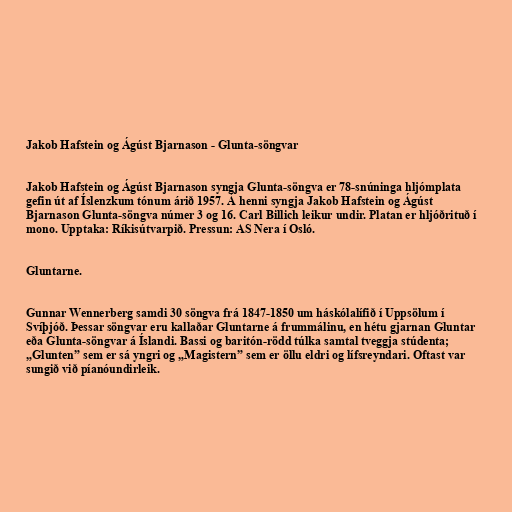
Jakob Hafstein og Ágúst Bjarnason - Glunta-söngvar

Jakob Hafstein og Ágúst Bjarnason syngja Glunta-söngva er 78-snúninga hljómplata
gefin út af Íslenzkum tónum árið 1957. Á henni syngja Jakob Hafstein og Ágúst
Bjarnason Glunta-söngva númer 3 og 16. Carl Billich leikur undir. Platan er hljóðrituð í
mono. Upptaka: Ríkisútvarpið. Pressun: AS Nera í Osló.

Gluntarne.

Gunnar Wennerberg samdi 30 söngva frá 1847-1850 um háskólalífið í Uppsölum í
Svíþjóð. Þessar söngvar eru kallaðar Gluntarne á frummálinu, en hétu gjarnan Gluntar
eða Glunta-söngvar á Íslandi. Bassi og baritón-rödd túlka samtal tveggja stúdenta;
„Glunten” sem er sá yngri og „Magistern” sem er öllu eldri og lífsreyndari. Oftast var
sungið við píanóundirleik.